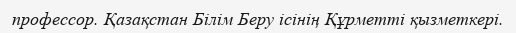
профессор. Қазақстан Білім Беру ісінің Құрметті қызметкері.